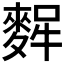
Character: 𪌸